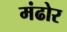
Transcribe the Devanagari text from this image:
मंढोर